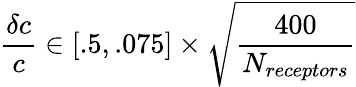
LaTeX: \frac{\delta c}{c}\in[.5,.075]\times\sqrt{\frac{400}{N_{receptors}}}